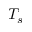
T _ { s }